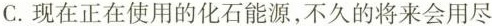
C.现在正在使用的化石能源，不久的将来会用尽